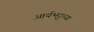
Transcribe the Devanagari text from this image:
आर्यभट्टच्या